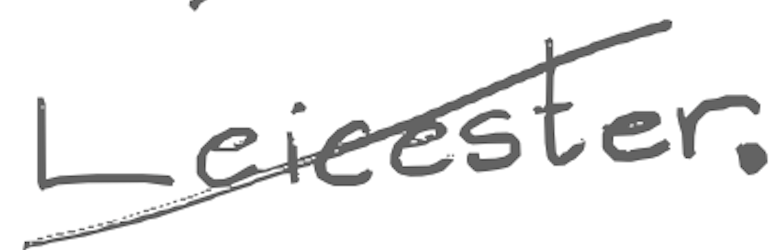
Text: Leicester.
Cross-out: diagonal
Writing tool: digital_gray